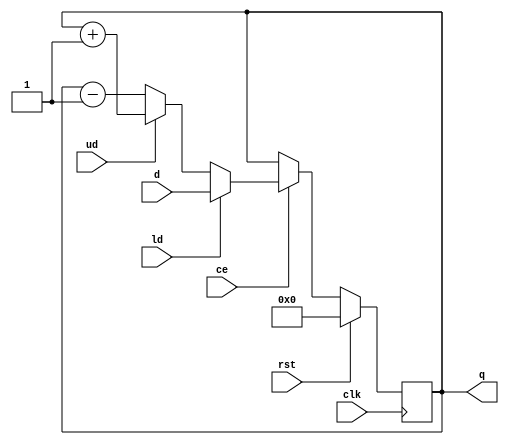
module ud_counter(clk, rst, ud, ce, ld, d, q);
	input[3:0] d; //d is current
	input clk, rst, ud, ce, ld;
	output reg[3:0] q;
	
	always@ (posedge clk) begin
		if(rst)
			q = 4'b0;
		else if(ce) begin
			if(ld)
				q = d;
			else if(ud)
				q = q + 4'b0001;
			else
				q = q - 4'b0001;
		end
		else
			q = q;
	end
endmodule